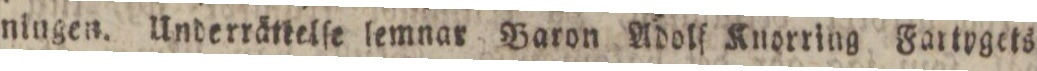
ningen. Underränelſe lemnar Baron Adolf Knorring Fartygets